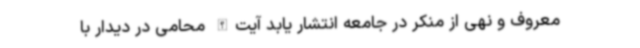
معروف و نهی از منکر در جامعه انتشار یابد آیت‌الله محامی در دیدار با